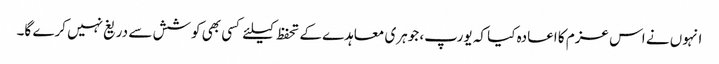
انہوں نے اس عزم کا اعادہ کیا کہ یورپ، جوہری معاہدے کے تحفظ کیلئے کسی بھی کوشش سے دریغ نہیں کرے گا۔